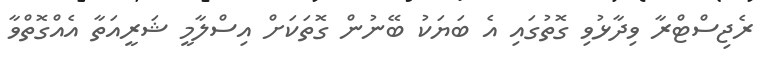
ރެޖިސްޓްރާ ވިދާޅުވި ގޮތުގައި އެ ބަޔަކު ބޭނުން ގޮތަކަށް އިސްލާމީ ޝަރީއަތާ އެއްގޮތްވާ